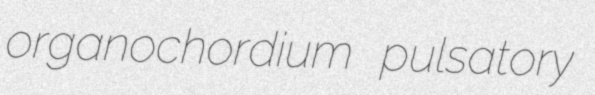
organochordium pulsatory